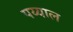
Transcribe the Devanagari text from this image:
पय्याल